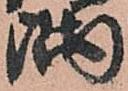
隅